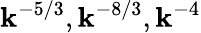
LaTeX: \mathbf{k}^{-5/3},\mathbf{k}^{-8/3},\mathbf{k}^{-4}